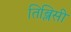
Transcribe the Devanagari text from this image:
तिब्लिसी